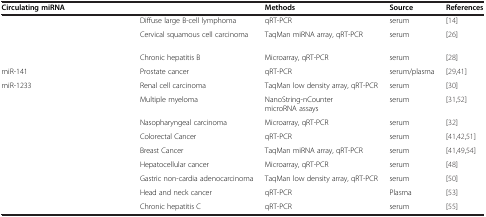
<table><thead><tr><td><b>Circulating miRNA</b></td><td>[EMPTY_CELL]</td><td><b>Methods</b></td><td><b>Source</b></td><td><b>References</b></td></tr></thead><tbody><tr><td>[EMPTY_CELL]</td><td>Diffuse large B-cell lymphoma</td><td>qRT-PCR</td><td>serum</td><td>[14]</td></tr><tr><td>[EMPTY_CELL]</td><td>Cervical squamous cell carcinoma</td><td>TaqMan miRNA array, qRT-PCR</td><td>serum</td><td>[26]</td></tr><tr><td>[EMPTY_CELL]</td><td>Chronic hepatitis B</td><td>Microarray, qRT-PCR</td><td>serum</td><td>[28]</td></tr><tr><td>miR-141</td><td>Prostate cancer</td><td>qRT-PCR</td><td>serum/plasma</td><td>[29,41]</td></tr><tr><td>miR-1233</td><td>Renal cell carcinoma</td><td>TaqMan low density array, qRT-PCR</td><td>serum</td><td>[30]</td></tr><tr><td>[EMPTY_CELL]</td><td>Multiple myeloma</td><td>NanoString-nCounter microRNA assays</td><td>serum</td><td>[31,52]</td></tr><tr><td>[EMPTY_CELL]</td><td>Nasopharyngeal carcinoma</td><td>Microarray, qRT-PCR</td><td>serum</td><td>[32]</td></tr><tr><td>[EMPTY_CELL]</td><td>Colorectal Cancer</td><td>qRT-PCR</td><td>serum</td><td>[41,42,51]</td></tr><tr><td>[EMPTY_CELL]</td><td>Breast Cancer</td><td>TaqMan miRNA array, qRT-PCR</td><td>serum</td><td>[41,49,54]</td></tr><tr><td>[EMPTY_CELL]</td><td>Hepatocellular cancer</td><td>Microarray, qRT-PCR</td><td>serum</td><td>[48]</td></tr><tr><td>[EMPTY_CELL]</td><td>Gastric non-cardia adenocarcinoma</td><td>TaqMan low density array, qRT-PCR</td><td>serum</td><td>[50]</td></tr><tr><td>[EMPTY_CELL]</td><td>Head and neck cancer</td><td>qRT-PCR</td><td>Plasma</td><td>[53]</td></tr><tr><td>[EMPTY_CELL]</td><td>Chronic hepatitis C</td><td>qRT-PCR</td><td>serum</td><td>[55]</td></tr></tbody></table>